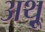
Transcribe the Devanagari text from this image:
अथ़्रू